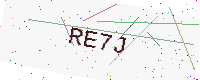
Text: RE7J